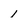
Character: 1